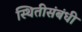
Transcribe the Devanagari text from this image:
स्थितीसंबंधी